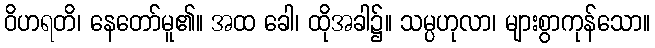
ဝိဟရတိ၊ နေတော်မူ၏။ အထ ခေါ၊ ထိုအခါ၌။ သမ္ပဟုလာ၊ များစွာကုန်သော။